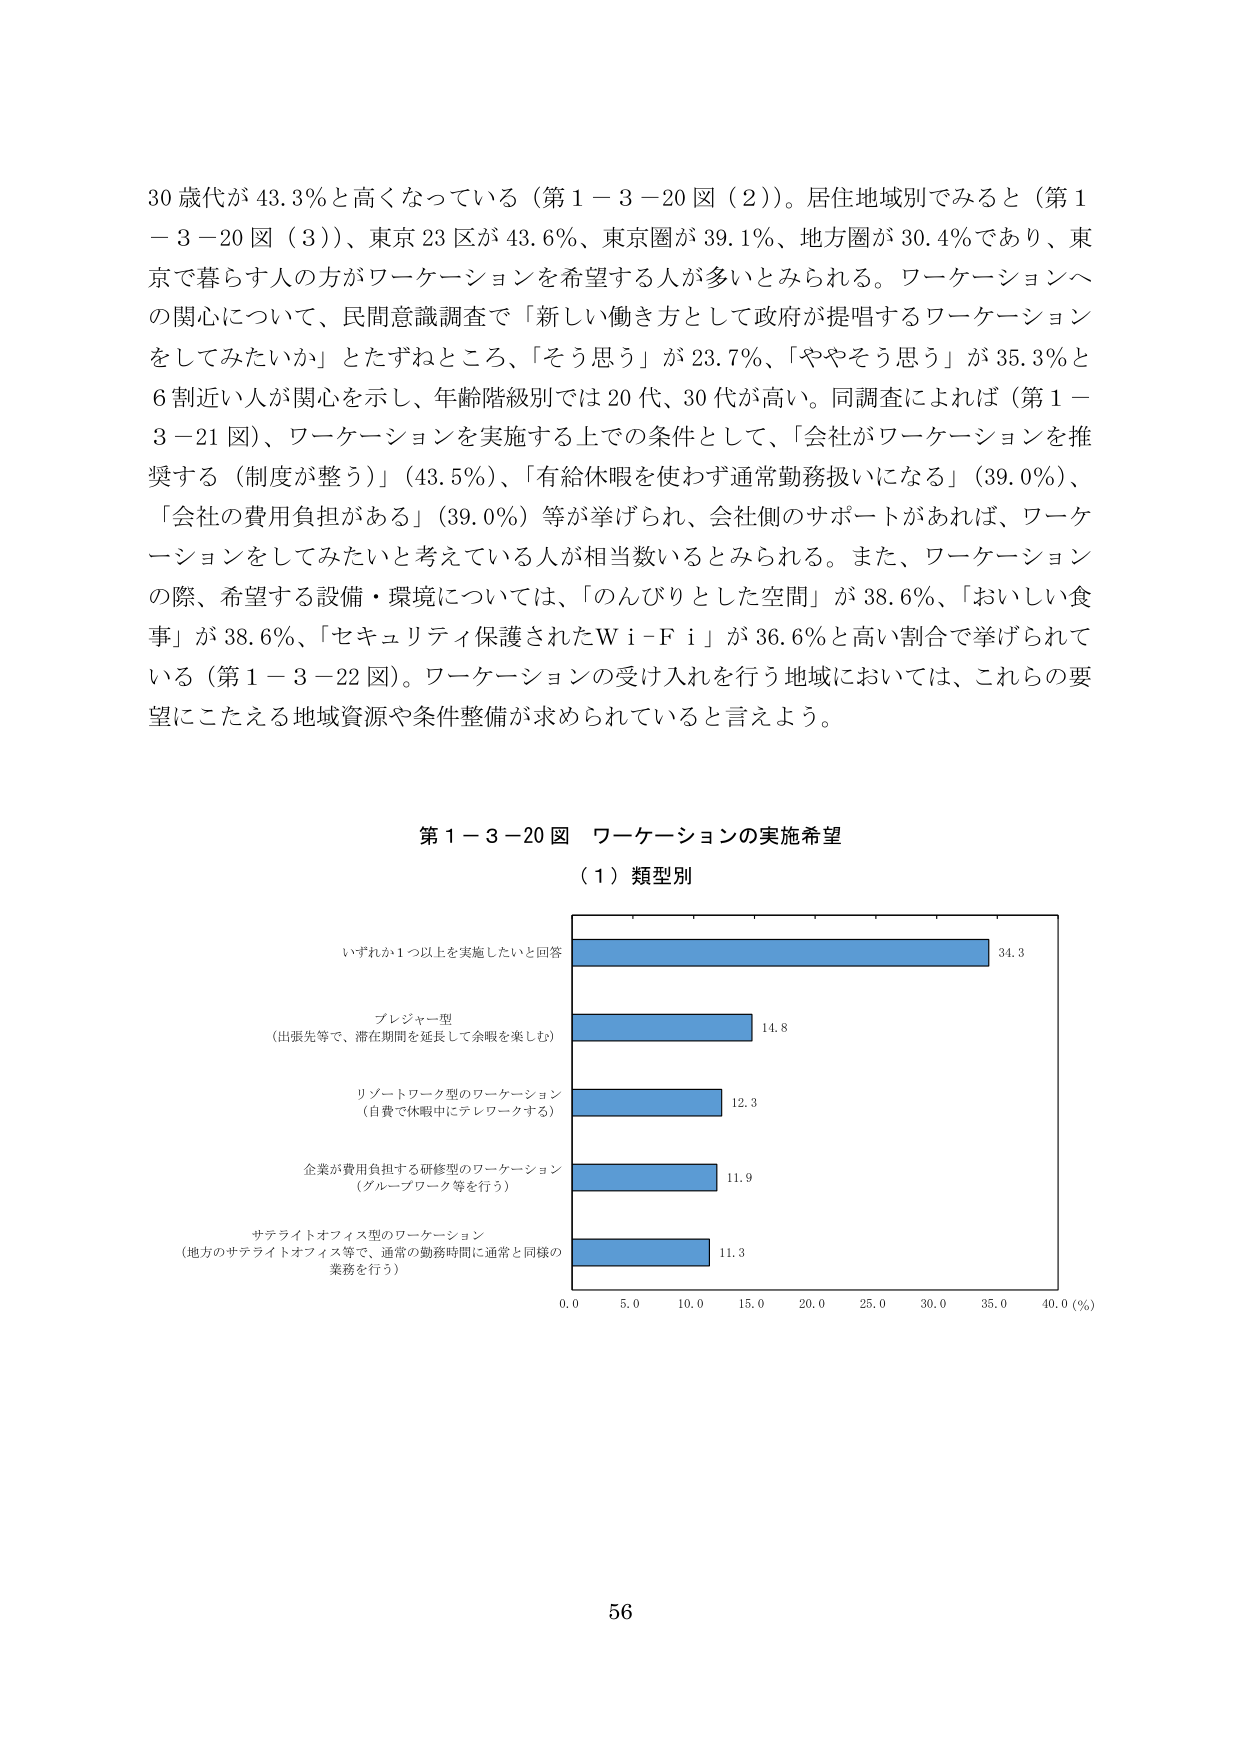
30 歳代が 43.3％と高くなっている（第 1－3－20 図（2））。居住地域別でみると（第 1－3－20 図（3））、東京 23 区が 43.6％、東京圏が 39.1％、地方圏が 30.4％であり、東京で暮らす人の方がワーケーションを希望する人が多いとみられる。ワーケーションへの関心について、民間意識調査で「新しい働き方として政府が提唱するワーケーションをしてみたいか」とたずねところ、「そう思う」が 23.7％、「ややそう思う」が 35.3％と 6 割近い人が関心を示し、年齢階級別では 20 代、30 代が高い。同調査によれば（第 1－3－21 図）、ワーケーションを実施する上での条件として、「会社がワーケーションを推奨する（制度が整う）」（43.5％）、「有給休暇を使わず通常勤務扱いになる」（39.0％）、「会社の費用負担がある」（39.0％）等が挙げられ、会社側のサポートがあれば、ワーケーションをしてみたいと考えている人が相当数いるとみられる。また、ワーケーションの際、希望する設備・環境については、「のんびりとした空間」が 38.6％、「おいしい食事」が 38.6％、「セキュリティ保護されたＷｉ－Ｆｉ」が 36.6％と高い割合で挙げられている（第 1－3－22 図）。ワーケーションの受け入れを行う地域においては、これらの要望にこたえる地域資源や条件整備が求められていると言えよう。

第 1－3－20 図 ワーケーションの実施希望
（1）類型別

いずれか 1 つ以上を実施したいと回答 34.3
プレジャー型 14.8
（出張先等で、滞在期間を延長して余暇を楽しむ）
リゾートワーク型のワーケーション 12.3
（自費で休暇中にテレワークする）
企業が費用負担する研修型のワーケーション 11.9
（グループワーク等を行う）
サテライトオフィス型のワーケーション 11.3
（地方のサテライトオフィス等で、通常の勤務時間に通常と同様の業務を行う）

0.0 5.0 10.0 15.0 20.0 25.0 30.0 35.0 40.0 (%)

56